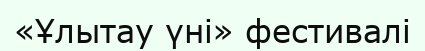
«Ұлытау үні» фестивалі